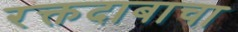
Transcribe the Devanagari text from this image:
रक्तदाबाचा